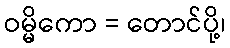
ဝမ္မိကော = တောင်ပို့၊